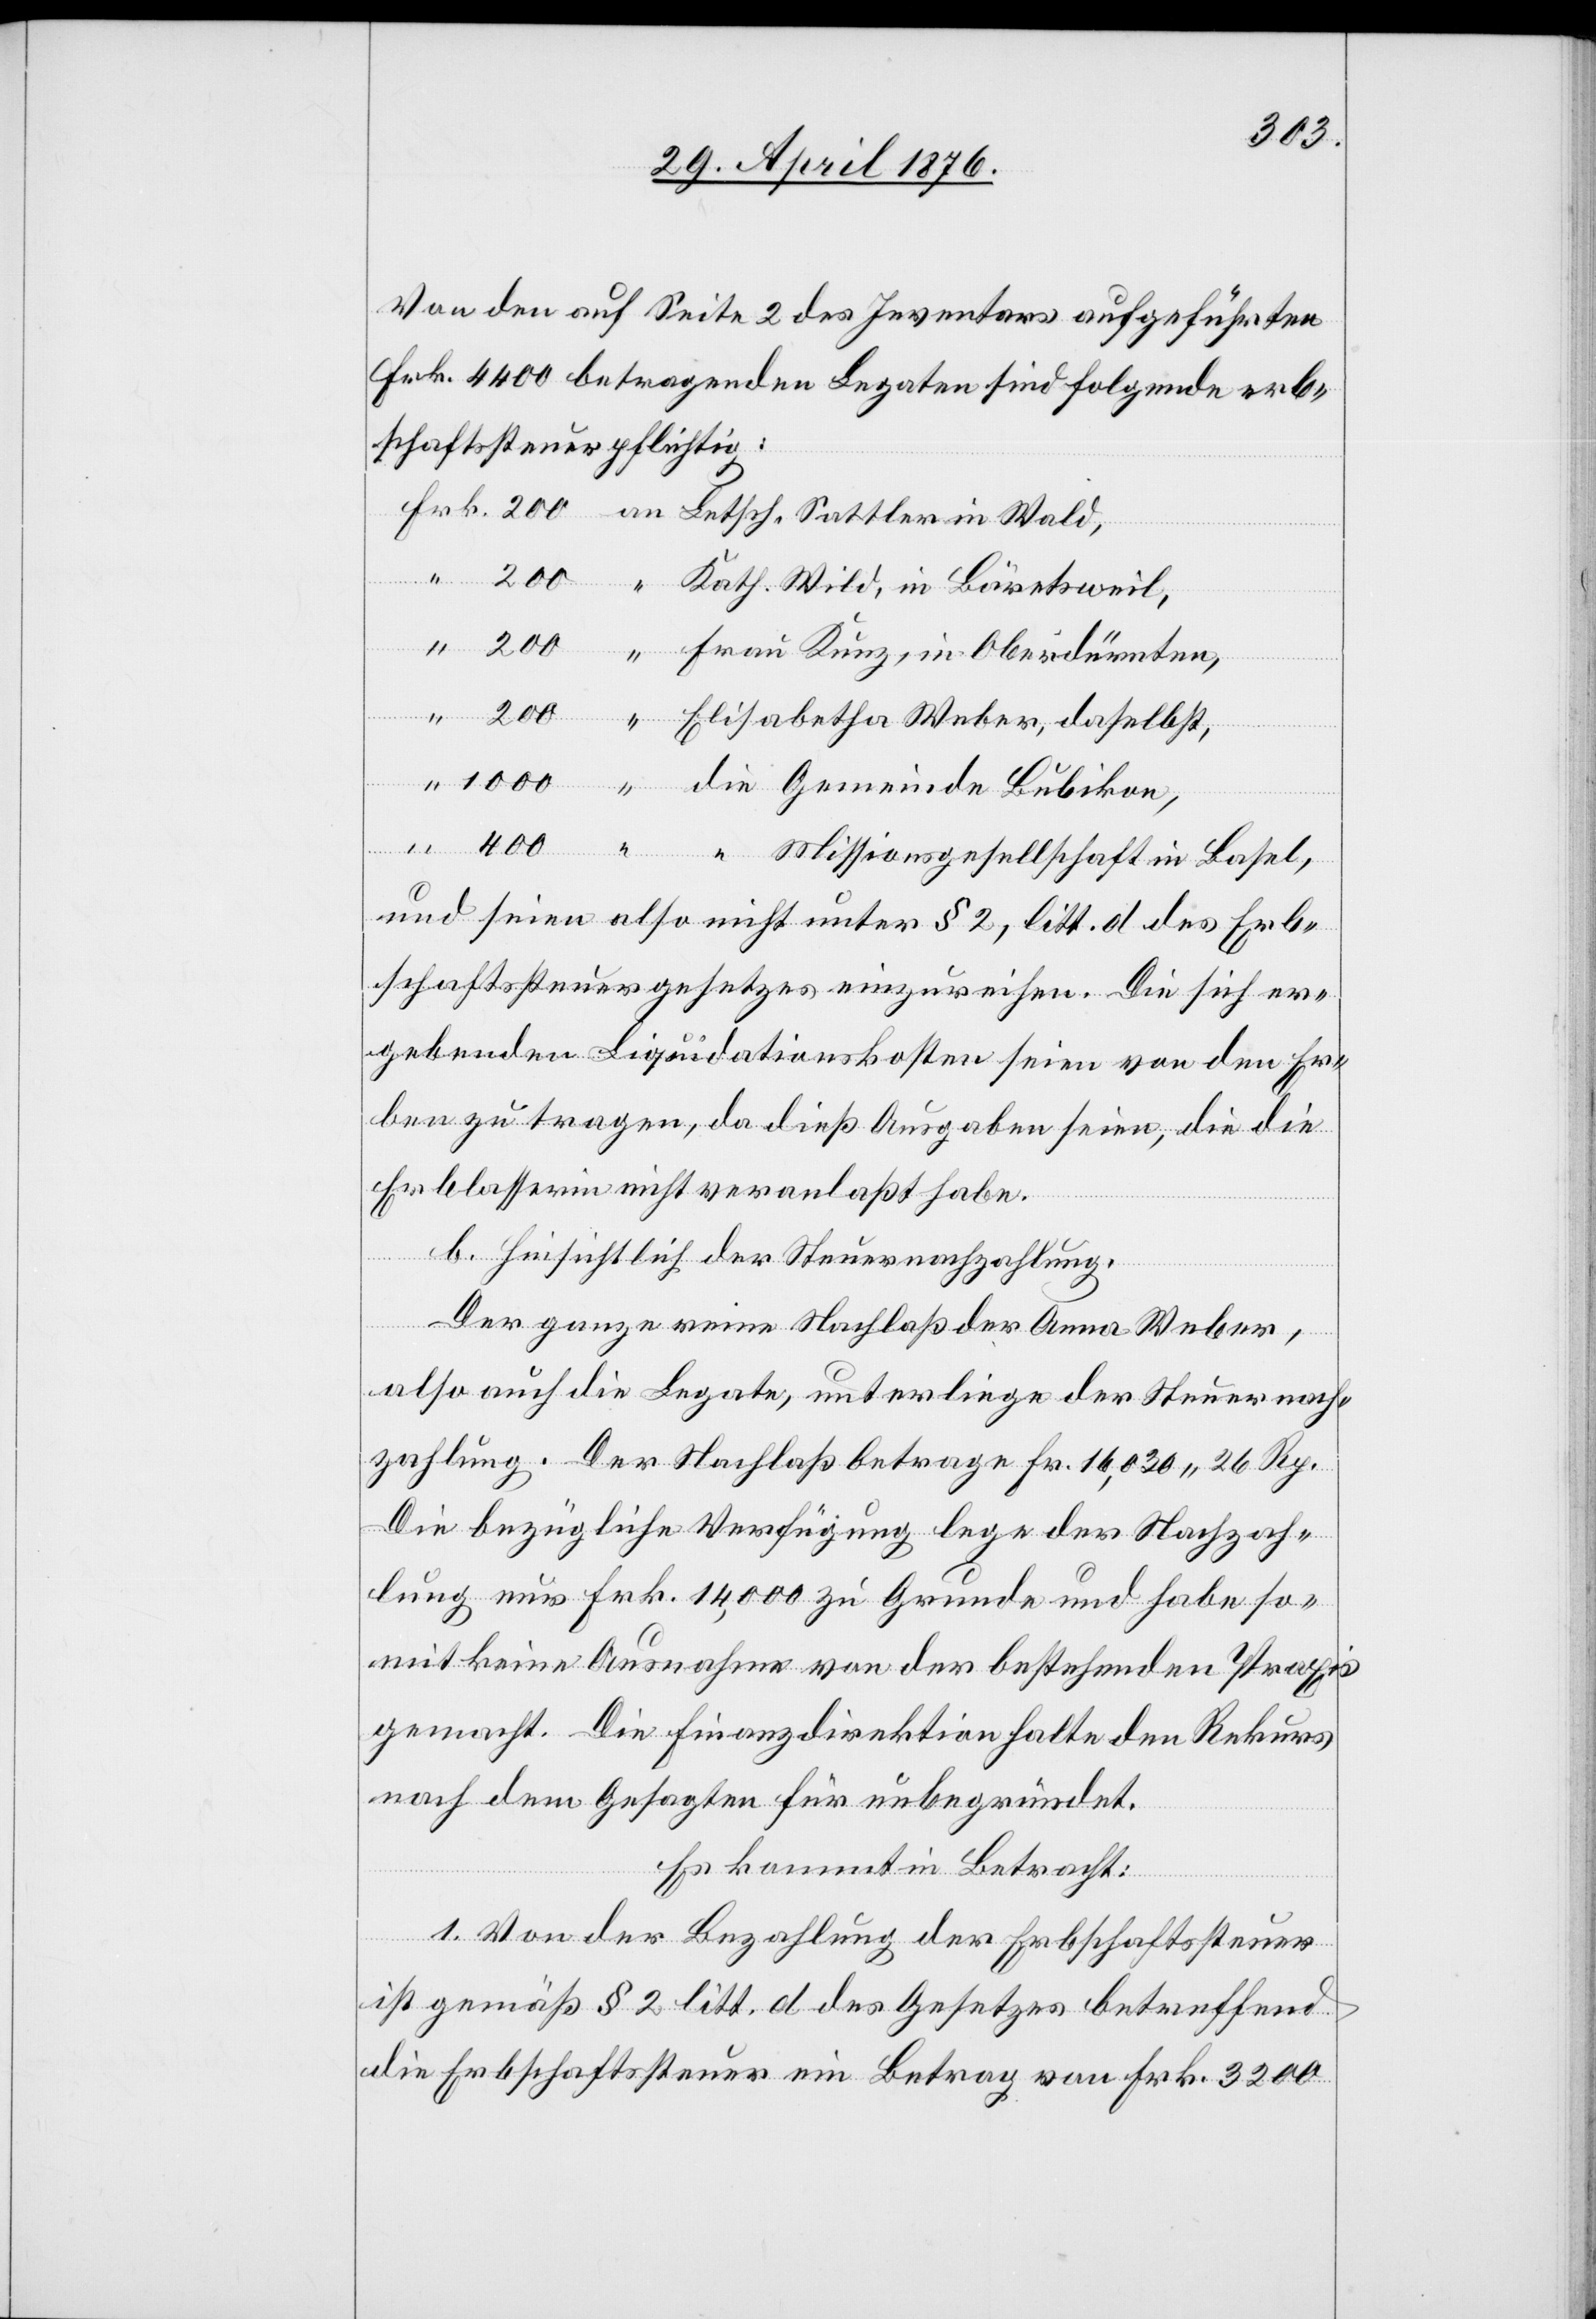
Von den auf Seite 2 des Inventars aufgeführten
Frk. 4400 betragenden Legaten sind folgende erb¬
schaftssteuerpflichtig:
die
und seien also nicht unter § 2, litt. d des Erb¬
schaftsgesetzes einzureihen. Die sich er¬
gebenden Liquidationskosten seien von den Er¬
ben zu tragen, da dieß Ausgaben seien, die die
b. Hinsichtlich der Steuernachzahlung.
Der ganze reine Nachlaß der Anna Weber,
also auch die Legate, unterliege der Steuernach¬
zahlung. Der Nachlaß betrage Fr. 16,030 26 Rp.
Die bezügliche Verfügung lege der Nachzah¬
lung nur Frk. 14,000 zu Grunde und habe so¬
mit keine Ausnahme von der bestehenden Praxis
gemacht. Die Finanzdirektion halte den Rekurs
nach dem Gesagten für unbegründet.
Es kommt in Betracht:
in
1. Von der Bezahlung der Erbschaftssteuer
ist gemäß § 2 litt. d des Gesetzes betreffend
die Erbschaftssteuer ein Betrag von Frk. 3200